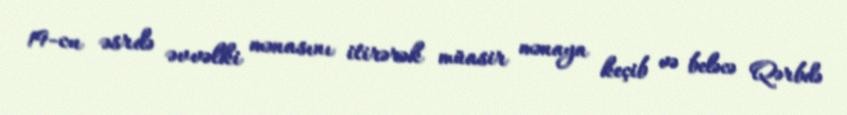
19-cu əsrdə əvvəlki mənasını itirərək müasir mənaya keçib və beləcə Qərbdə